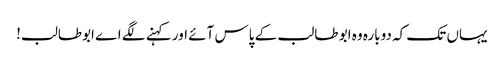
یہاں تک کہ دوبارہ وہ ابو طالب کے پاس آئے اور کہنے لگے اے ابوطالب!